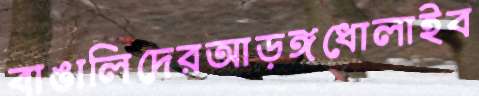
বাঙালিদেরআড়ঙ্গধোলাইব